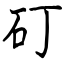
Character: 矴